Report on lock hospitals in British Burma
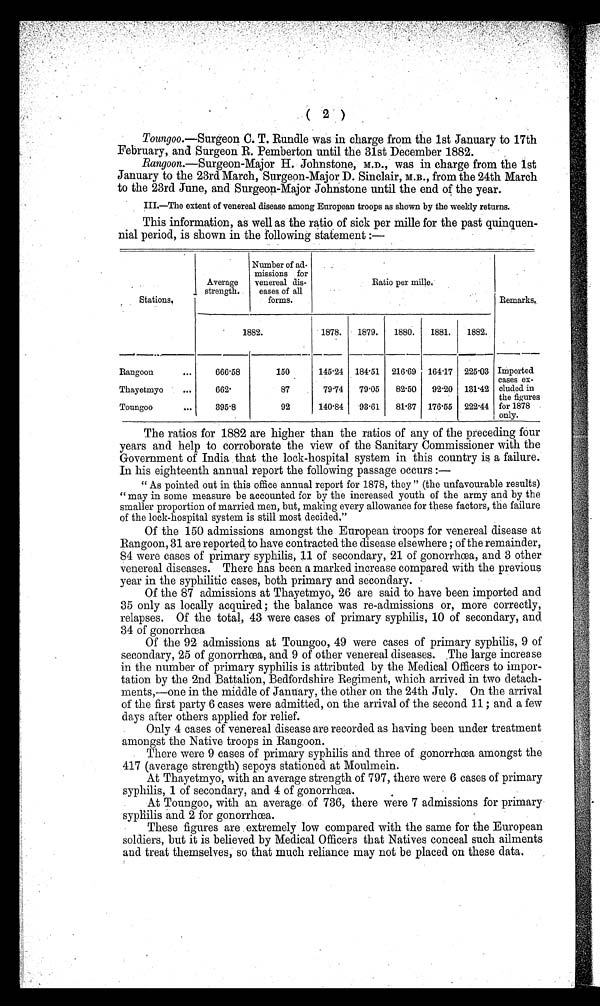
( 2 )
Toungoo.—Surgeon C. T. Rundle was in charge from the 1st January to 17th
February, and Surgeon R. Pemberton until the 31st December 1882.
Rangoon.—Surgeon-Major H. Johnstone, M.D., was in charge from the 1st
January to the 23rd March, Surgeon-Major D. Sinclair, M.B., from the 24th March
to the 23rd June, and Surgeon-Major Johnstone until the end of the year.
III.—The extent of venereal disease among European troops as shown by the weekly returns.
This information, as well as the ratio of sick per mille for the past quinquen-
nial period, is shown in the following statement :—
Stations.
Average
strength.
Number of ad-
missions for
venereal dis-
eases of all
forms.
R a t i o p e r m i l e .
Remarks.
1882.
1878.
1879.
1880.
1881.
1882.
Rangoon
...
666.58
150
145.24 184.51
216.69
164.17 225.03 Imported
cases ex-
cluded in
the figures
for 1878
only.
Thayetmyo
...
662
87
7 9 . 7 4
79.05
82.50
92.20 131.42
Toungoo
...
395.8
92
140.84
93.61
81.37
1 7 6 . 5 5
222.44
The ratios for 1882 are higher than the ratios of any of the preceding four
years and help to corroborate the view of the Sanitary Commissioner with the
Government of India that the lock-hospital system in this country is a failure.
In his eighteenth annual report the following passage occurs : —
" As pointed out in this office annual report for 1878, they " (the unfavourable results)
" may in some measure be accounted for by the increased youth of the army and by the
smaller proportion of married men, but, making every allowance for these factors, the failure
of the lock-hospital system is still most decided,"
Of the 150 admissions amongst the European troops for venereal disease at
Rangoon, 31 are reported to have contracted the disease elsewhere ; of the remainder,
84 were cases of primary syphilis, 11 of secondary, 21 of gonorrhoea, and 3 other
venereal diseases. There has been a marked increase compared with the previous
year in the syphilitic cases, both primary and secondary.
Of the 87 admissions at Thayetmyo, 26 are said to have been imported and
35 only as locally acquired ; the balance was re-admissions or, more correctly,
relapses. Of the total, 43 were cases of primary syphilis, 10 of secondary, and
34 of gonorrhoea
Of the 92 admissions at Toungoo, 49 were cases of primary syphilis, 9 of
secondary, 25 of gonorrhoea, and 9 of other venereal diseases. The large increase
in the number of primary syphilis is attributed by the Medical Officers to
importation by the 2nd Battalion, Bedfordshire Regiment, which arrived in two detach-
ments,—one in the middle of January, the other on the 24th July. On the arrival
of the first party 6 cases were admitted, on the arrival of the second 11; and a few
days after others applied for relief.
Only 4 cases of venereal disease are recorded as having been under treatment
amongst the Native troops in Rangoon.
There were 9 cases of primary syphilis and three of gonorrhea amongst the
417 (average strength) sepoys stationed at Moulmein.
At Thayetmyo, with an average strength of 797, there were 6 cases of primary
syphilis, 1 of secondary, and 4 of gonorrhoea.
At Toungoo, with an average, of 736, there were 7 admissions for primary
syphilis and 2 for gonorrhoea.
These figures are extremely low compared with the same for the European
soldiers, but it is believed by Medical Officers that Natives conceal such ailments
and treat themselves, so that much reliance may not be placed on these data.